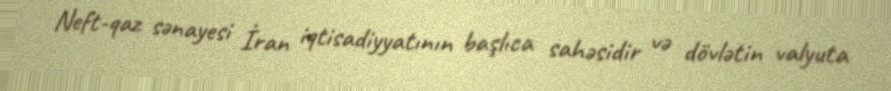
Neft-qaz sənayesi İran iqtisadiyyatının başlıca sahəsidir və dövlətin valyuta